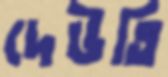
দেউতি